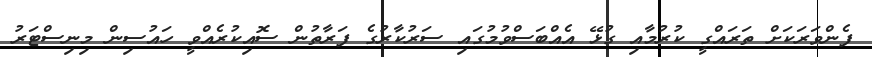
ފެންވަރަކަށް ތަރައްގީ ކުރުމާއި ގުޅޭ އެއްބަސްވުމުގައި ސަރުކާރުގެ ފަރާތުން ސޮއިކުރެއްވީ ހައުސިން މިނިސްޓަރު